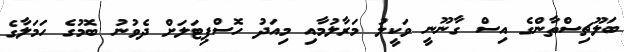
ބަލޫޗިސްތާންގެ އިސް ގާނޫނީ ވަކީލު މަރާލުމާއި މިއަދު ހޮސްޕިޓަލަށް ދެވުނު ބޮމުގެ ހަމަލާގެ